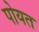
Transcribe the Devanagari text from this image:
पोयत